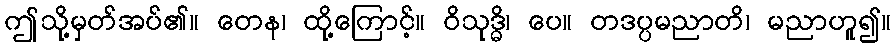
ဤသို့မှတ်အပ်၏။ တေန၊ ထို့ကြောင့်။ ဝိသုဒ္ဓိ၊ ပေ။ တဒပ္ပမညာတိ၊ မညာဟူ၍။